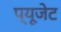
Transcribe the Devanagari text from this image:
प्यूजेट